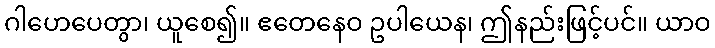
ဂါဟေပေတွာ၊ ယူစေ၍။ ဧတေနေဝ ဥပါယေန၊ ဤနည်းဖြင့်ပင်။ ယာဝ